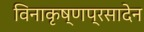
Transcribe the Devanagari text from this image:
विनाकृष्णप्रसादेन